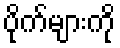
ပိုက်များကို